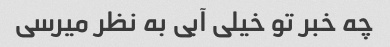
چه خبر تو خیلی آبی به نظر میرسی